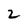
Character: 2